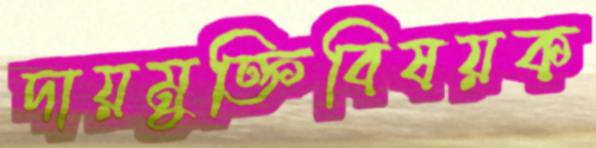
দায়মুক্তিবিষয়ক